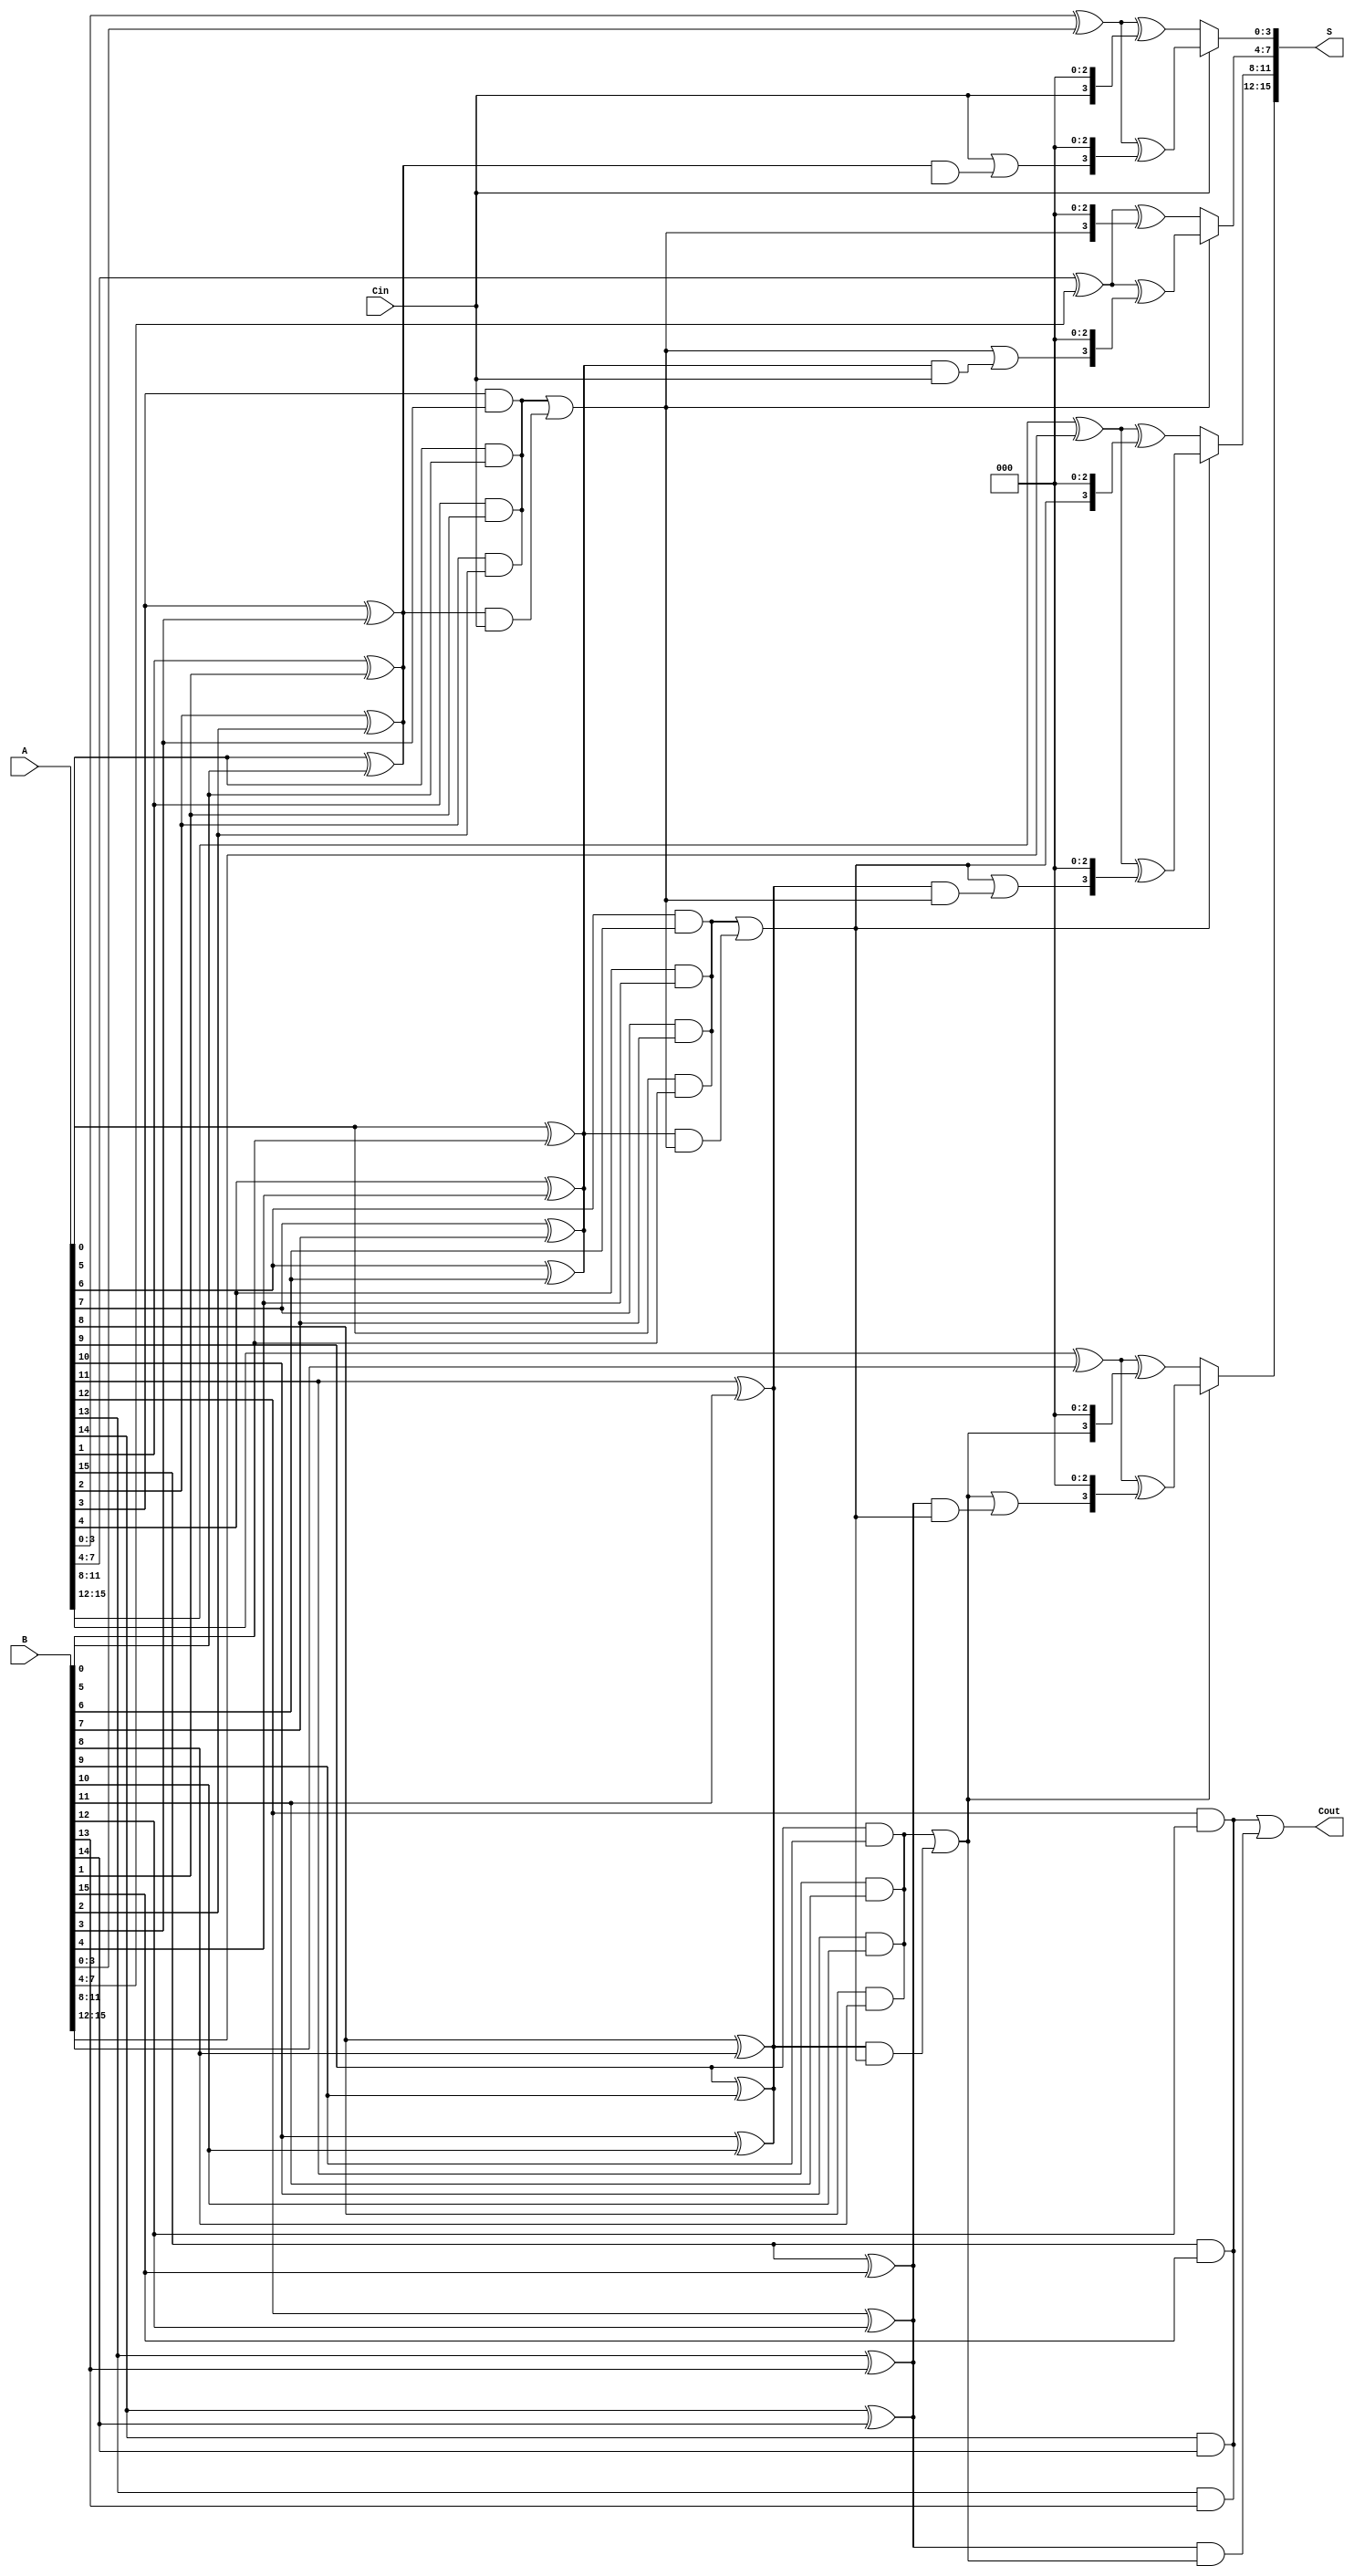
module CarrySelectAdder #(parameter N = 16, // Total bit width
                          parameter M = 4)  // Segment size
(
    input [N-1:0] A,      // First operand
    input [N-1:0] B,      // Second operand
    input Cin,            // Carry-in
    output [N-1:0] S,     // Sum output
    output Cout           // Carry-out
);

    // Internal signals
    wire [N/M-1:0] G;     // Generate signals for each segment
    wire [N/M-1:0] P;     // Propagate signals for each segment
    wire [N/M:0] C;       // Carry signals for each segment
    wire [N-1:0] S0;      // Sum assuming carry-in = 0
    wire [N-1:0] S1;      // Sum assuming carry-in = 1

    // Generate and propagate signals for each bit
    genvar i;
    generate
        for (i = 0; i < N; i = i + 1) begin : gen_prop
            assign G[i/M] = A[i] & B[i];
            assign P[i/M] = A[i] ^ B[i];
        end
    endgenerate

    // Carry Lookahead Logic
    assign C[0] = Cin; // Initial carry-in
    generate
        for (i = 1; i <= N/M; i = i + 1) begin : carry_logic
            assign C[i] = G[i-1] | (P[i-1] & C[i-1]);
        end
    endgenerate

    // Sum Calculation for each segment
    generate
        for (i = 0; i < N/M; i = i + 1) begin : sum_calc
            wire [M-1:0] A_segment = A[i*M +: M];
            wire [M-1:0] B_segment = B[i*M +: M];

            // Calculate sums for carry-in = 0 and carry-in = 1
            assign S0[i*M +: M] = A_segment ^ B_segment ^ {C[i], {M-1{1'b0}}};
            assign S1[i*M +: M] = A_segment ^ B_segment ^ {C[i] | P[i] & C[i-1], {M-1{1'b0}}};
        end
    endgenerate

    // Final Sum and Carry-out selection
    generate
        for (i = 0; i < N/M; i = i + 1) begin : select_sum
            assign S[i*M +: M] = (C[i] ? S1[i*M +: M] : S0[i*M +: M]);
        end
    endgenerate

    // Final Carry-out
    assign Cout = C[N/M];

endmodule